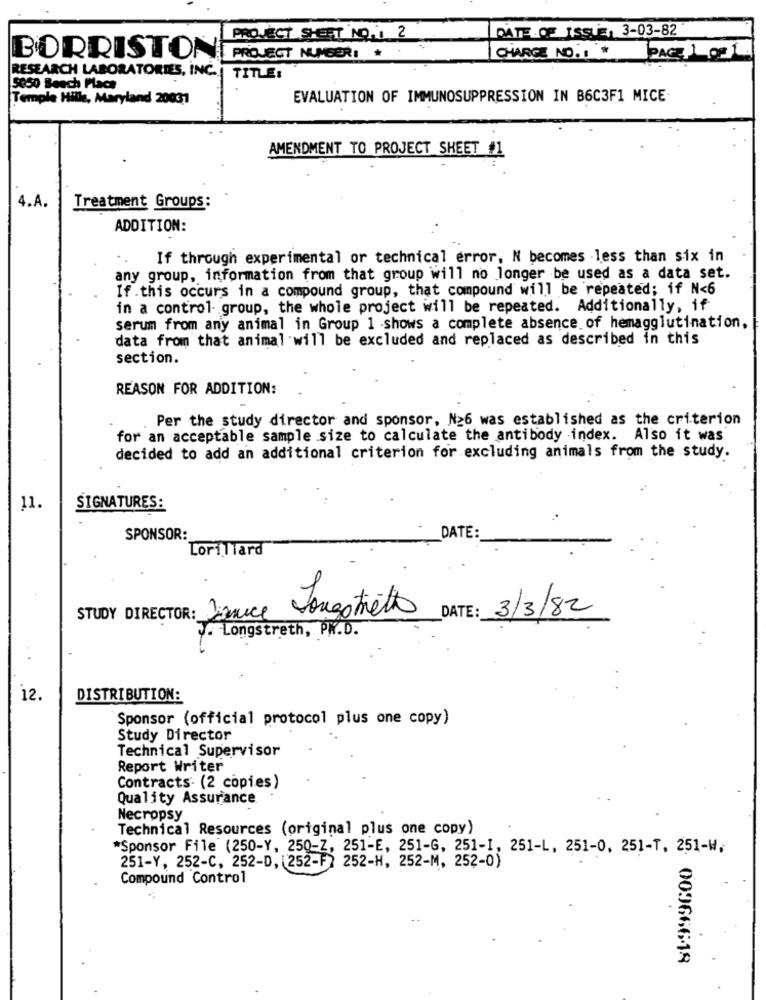
DATE OF ISSUE, 3-03-82
PROJECT SHET NO. 1 2
BORRISTON PROJECT NUMBER:
CHARGE NO.1 *
PAGE 10 1.
RESEARCH LABORATORIES, INC.
TITLE:
5050 Beach Place
Temple Hille, Maryland 20031
EVALUATION OF IMMUNOSUPPRESSION IN B6C3F1 MICE
AMENDMENT TO PROJECT SHEET #1
4.A.
Treatment Groups:
ADDITION:
If through experimental or technical error, N becomes less than six in
any group, information from that group will no longer be used as a data set.
If.this occurs in a compound group, that compound will be repeated; if N<6
in a control- group, the whole project will be repeated. Additionally, if
serum from any animal in Group 1 -shows a complete absence of hemagglutination,
data from that animal will be excluded and replaced as described in this
section.
REASON FOR ADDITION:
Per the study director and sponsor, N26 was established as the criterion
for an acceptable sample size to calculate the antibody index. Also it was
decided to add an additional criterion for excluding animals from the study.
11.
SIGNATURES:
SPONSOR:
DATE:
Lorillard
Longstretto
DATE: 3/3/82
STUDY DIRECTOR: Dance
J. Longstreth, PK.D.
12.
DISTRIBUTION:
Sponsor (official protocol plus one copy)
Study Director
Technical Supervisor
Report Writer
Contracts- (2 copies)
Quality Assurance
Necropsy
Technical Resources (original plus one copy)
*Sponsor File (250-Y, 250-Z, 251-E, 251-G, 251-1, 251-L, 251-0, 251-T, 251-W.
251-Y, 252-C, 252-D, 252-F) 252-H, 252-M, 252-0)
Compound Control
009666-18